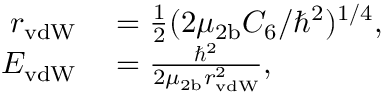
\begin{array} { r l } { r _ { \mathrm { v d W } } } & { { } = \frac { 1 } { 2 } ( 2 \mu _ { 2 \mathrm { b } } C _ { 6 } / \hbar ^ { 2 } ) ^ { 1 / 4 } , } \\ { E _ { \mathrm { v d W } } } & { { } = \frac { \hbar ^ { 2 } } { 2 \mu _ { 2 \mathrm { b } } r _ { \mathrm { v d W } } ^ { 2 } } , } \end{array}